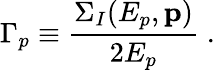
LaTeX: \Gamma_{p}\equiv{\frac{\Sigma_{I}(E_{p},{\mathbf p})}{2E_{p}}}\; .